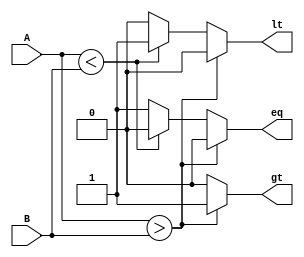
module comparator(A,B,gt,lt,eq);
parameter WIDTH=4;
input [WIDTH-1:0]A,B;
output reg gt,lt,eq;

always @(*)

begin
gt=0;lt=0;eq=0;
if (A>B)
gt=1'b1;
else if (A<B)
lt=1'b1;
else
eq=1'b1;
end

endmodule